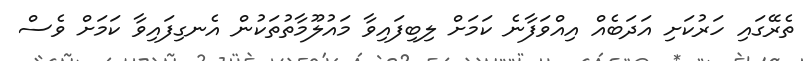
ތެރޭގައި ހަރުކަށި އަދަބެއް އިއްވަފާނެ ކަމަށް ލިބިފައިވާ މައުލޫމާތުތަކުން އެނގިފައިވާ ކަމަށް ވެސް